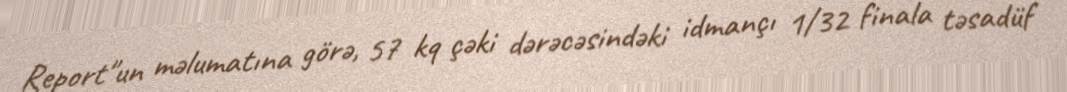
Report"un məlumatına görə, 57 kq çəki dərəcəsindəki idmançı 1/32 finala təsadüf